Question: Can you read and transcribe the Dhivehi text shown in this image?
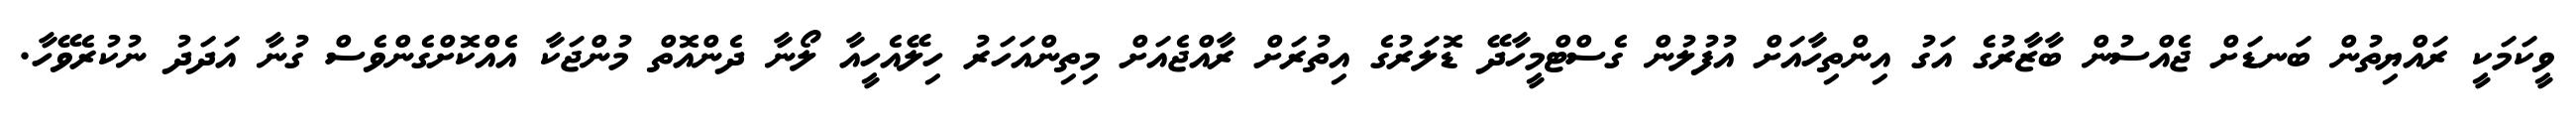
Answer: ވީކަމަކީ ރައްޔިތުން ބަނޑަށް ޖެއްސުން ބާޒާރުގެ އަގު އިންތިހާއަށް އުފުލުން ގެސްޓްމީހާދޭ ޑޮލަރުގެ އިތުރަށް ރާއްޖެއަށް މިތިންއަހަރު ހިލޭއެހީއާ ލޯނާ ދެންއޮތް މުންޖަކާ އެއްކޮށްގެންވެސް ގުނާ އަދަދު ނުކުރެވޭހާ.